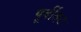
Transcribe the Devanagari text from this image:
पूर्वीतट